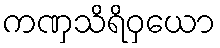
ကဏှသိရိဝှယော